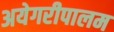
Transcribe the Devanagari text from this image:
अयेगरीपालम